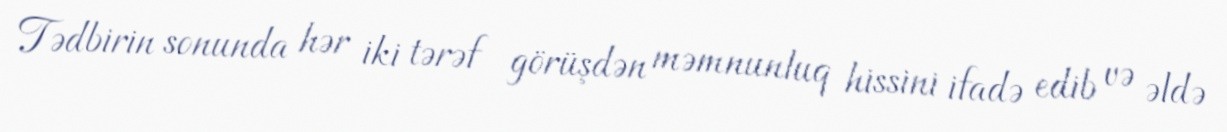
Tədbirin sonunda hər iki tərəf görüşdən məmnunluq hissini ifadə edib və əldə